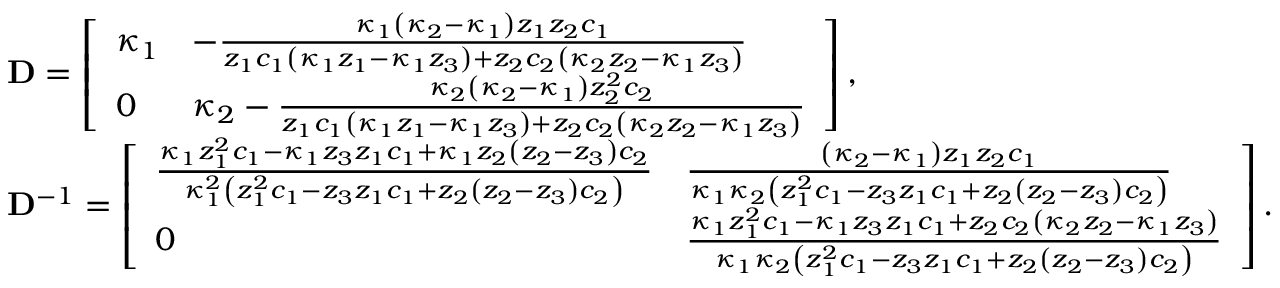
\begin{array} { r l } & { \mathbf { D } = \left[ \begin{array} { l l } { \kappa _ { 1 } } & { - \frac { \kappa _ { 1 } \left( \kappa _ { 2 } - \kappa _ { 1 } \right) z _ { 1 } z _ { 2 } c _ { 1 } } { z _ { 1 } c _ { 1 } \left( \kappa _ { 1 } z _ { 1 } - \kappa _ { 1 } z _ { 3 } \right) + z _ { 2 } c _ { 2 } \left( \kappa _ { 2 } z _ { 2 } - \kappa _ { 1 } z _ { 3 } \right) } } \\ { 0 } & { \kappa _ { 2 } - \frac { \kappa _ { 2 } \left( \kappa _ { 2 } - \kappa _ { 1 } \right) z _ { 2 } ^ { 2 } c _ { 2 } } { z _ { 1 } c _ { 1 } \left( \kappa _ { 1 } z _ { 1 } - \kappa _ { 1 } z _ { 3 } \right) + z _ { 2 } c _ { 2 } \left( \kappa _ { 2 } z _ { 2 } - \kappa _ { 1 } z _ { 3 } \right) } } \end{array} \right] , } \\ & { \mathbf { D } ^ { - 1 } = \left[ \begin{array} { l l } { \frac { \kappa _ { 1 } z _ { 1 } ^ { 2 } c _ { 1 } - \kappa _ { 1 } z _ { 3 } z _ { 1 } c _ { 1 } + \kappa _ { 1 } z _ { 2 } \left( z _ { 2 } - z _ { 3 } \right) c _ { 2 } } { \kappa _ { 1 } ^ { 2 } \left( z _ { 1 } ^ { 2 } c _ { 1 } - z _ { 3 } z _ { 1 } c _ { 1 } + z _ { 2 } \left( z _ { 2 } - z _ { 3 } \right) c _ { 2 } \right) } } & { \frac { \left( \kappa _ { 2 } - \kappa _ { 1 } \right) z _ { 1 } z _ { 2 } c _ { 1 } } { \kappa _ { 1 } \kappa _ { 2 } \left( z _ { 1 } ^ { 2 } c _ { 1 } - z _ { 3 } z _ { 1 } c _ { 1 } + z _ { 2 } \left( z _ { 2 } - z _ { 3 } \right) c _ { 2 } \right) } } \\ { 0 } & { \frac { \kappa _ { 1 } z _ { 1 } ^ { 2 } c _ { 1 } - \kappa _ { 1 } z _ { 3 } z _ { 1 } c _ { 1 } + z _ { 2 } c _ { 2 } \left( \kappa _ { 2 } z _ { 2 } - \kappa _ { 1 } z _ { 3 } \right) } { \kappa _ { 1 } \kappa _ { 2 } \left( z _ { 1 } ^ { 2 } c _ { 1 } - z _ { 3 } z _ { 1 } c _ { 1 } + z _ { 2 } \left( z _ { 2 } - z _ { 3 } \right) c _ { 2 } \right) } } \end{array} \right] . } \end{array}